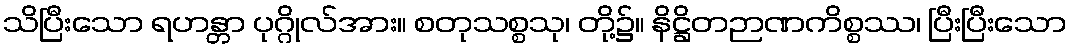
သိပြီးသော ရဟန္တာ ပုဂ္ဂိုလ်အား။ စတုသစ္စသု၊ တို့၌။ နိဋ္ဌိတဉာဏကိစ္စဿ၊ ပြီးပြီးသော